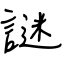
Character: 謎